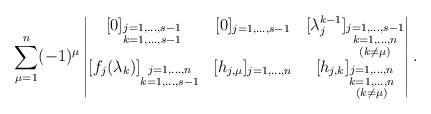
LaTeX: \begin{align*}\sum_{\mu=1}^n(-1)^{\mu}\begin{vmatrix} [0]_{\substack{j=1,...,s-1\\k=1,...,s-1}} & [0]_{j=1,...,s-1} & [\lambda_j^{k-1}]_{\substack{j=1,...,s-1\\k=1,...,n\\(k\neq \mu)}} \\ [f_j(\lambda_k)]_{\substack{j=1,...,n\\k=1,...,s-1}} & [h_{j,\mu}]_{j=1,...,n} & [h_{j,k}]_{\substack{j=1,...,n\\k=1,...,n\\(k\neq \mu)}} \end{vmatrix}.\end{align*}